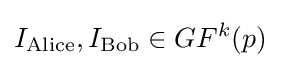
I_{\mathrm {Alice} },I_{\mathrm {Bob} }\in GF^{k}(p)